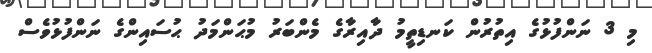
މި 3 ނަންފުޅުގެ އިތުރުން ކަނޑިތީމު ދާއިރާގެ މެންބަރު މުޙަންމަދު ޙުސައިންގެ ނަންފުޅުވެސް